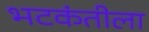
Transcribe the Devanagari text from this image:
भटकंतीला